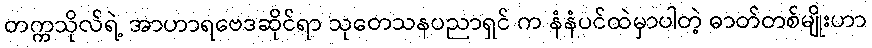
တက္ကသိုလ်ရဲ့ အာဟာရဗေဒဆိုင်ရာ သုတေသနပညာရှင် က နံနံပင်ထဲမှာပါတဲ့ ဓာတ်တစ်မျိုးဟာ